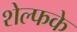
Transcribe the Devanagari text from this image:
शेल्फके